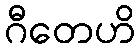
ဂီတေဟိ